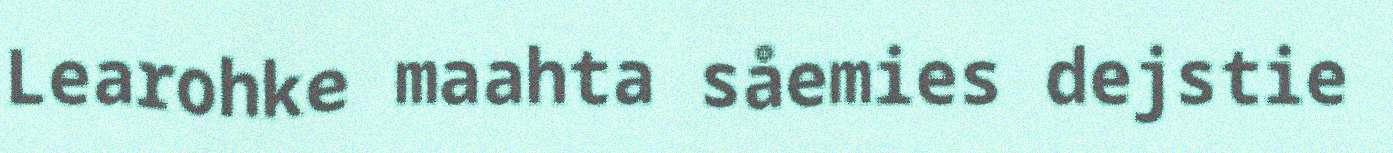
Learohke maahta såemies dejstie